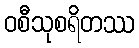
ဝစီသုစရိတဿ